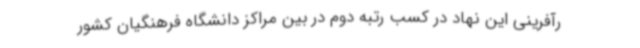
رآفرینی این نهاد در کسب رتبه دوم در بین مراکز دانشگاه فرهنگیان کشور